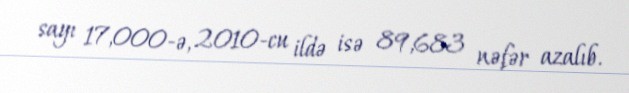
sayı 17,000-ə, 2010-cu ildə isə 89,683 nəfər azalıb.